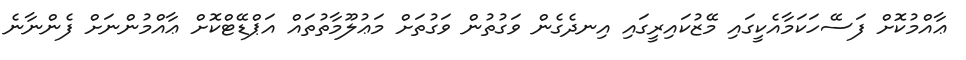
ޢާއްމުކޮށް ފަސޭހަކަމާއެކީގައި މޭޒުކައިރީގައި އިނދެގެން ވަގުތުން ވަގުތަށް މަޢުލޫމާތުތައް އަޕްޑޭޓްކޮށް ޢާއްމުންނަށް ފެންނާނެ